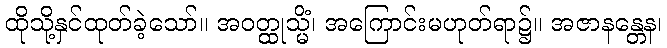
ထိုသို့နှင်ထုတ်ခဲ့သော်။ အဝတ္ထုသ္မိံ၊ အကြောင်းမဟုတ်ရာ၌။ အဇာနန္တေန၊